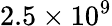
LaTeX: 2.5\times 10^{9}